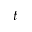
t